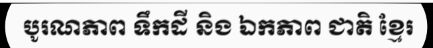
បូរណភាព ទឹកដី និង ឯកភាព ជាតិ ខ្មែរ